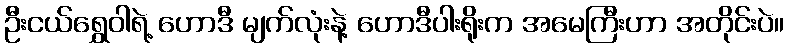
ဦးငယ်ရွှေဝါရဲ့ ဟောဒီ မျက်လုံးနဲ့ ဟောဒီပါးရိုးက အမေကြီးဟာ အတိုင်းပဲ။